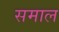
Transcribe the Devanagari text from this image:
समाल